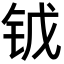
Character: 𨱆